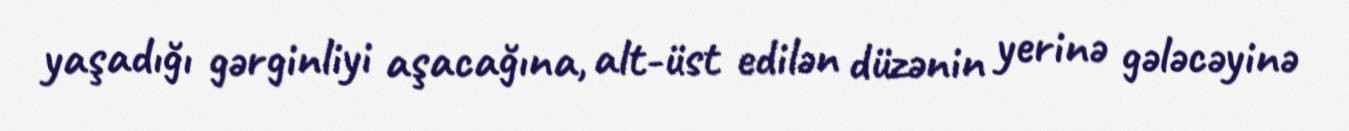
yaşadığı gərginliyi aşacağına, alt-üst edilən düzənin yerinə gələcəyinə